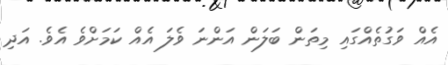
އެއް ވަގުތެއްގައި މިތަން ބަލަން އަންނަ ވެލަ އެއް ކަމަށްވެ އެވެ. އަދި